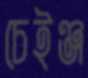
চেইঞ্জ